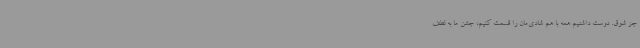
جز شوق. دوست داشتیم همه با هم شادی‌مان را قسمت کنیم، جشن ما به لطف